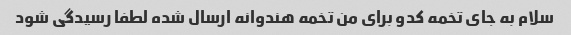
سلام به جای تخمه کدو برای من تخمه هندوانه ارسال شده لطفا رسیدگی شود